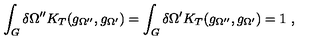
\int _ { G } ^ { } \delta \Omega ^ { \prime \prime } K _ { T } ( g _ { \Omega ^ { \prime \prime } } , g _ { \Omega ^ { \prime } } ) = \int _ { G } ^ { } \delta \Omega ^ { \prime } K _ { T } ( g _ { \Omega ^ { \prime \prime } } , g _ { \Omega ^ { \prime } } ) = 1 \ ,